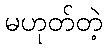
မဟုတ်တဲ့